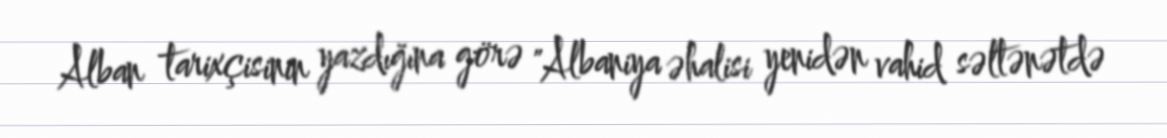
Alban tarixçisinin yazdığına görə "Albaniya əhalisi yenidən vahid səltənətdə